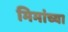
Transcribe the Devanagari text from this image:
मिमांच्या